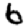
Digit: 6